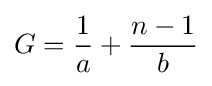
G={\frac {1}{a}}+{\frac {n-1}{b}}